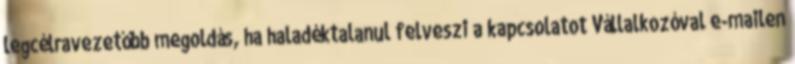
legcélravezetőbb megoldás, ha haladéktalanul felveszi a kapcsolatot Vállalkozóval e-mailen